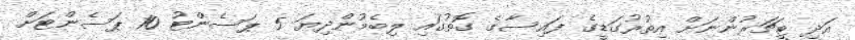
އަދި ޓީޗަރުންނަށް އިތުރުގަޑީގެ ފައިސާގެ ގޮތުގައި ލިބެމުންދިޔަ 5 ޕަސެންޓު 10 ޕަސެންޓަށް